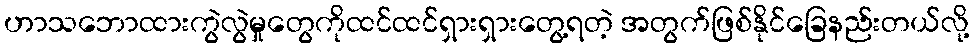
ဟာသဘောထားကွဲလွဲမှုတွေကိုထင်ထင်ရှားရှားတွေ့ရတဲ့ အတွက်ဖြစ်နိုင်ခြေနည်းတယ်လို့